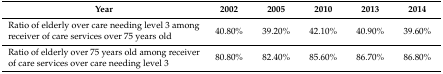
<table><thead><tr><td><b>Year</b></td><td><b>2002</b></td><td><b>2005</b></td><td><b>2010</b></td><td><b>2013</b></td><td><b>2014</b></td></tr></thead><tbody><tr><td>Ratio of elderly over care needing level 3 among receiver of care services over 75 years old</td><td>40.80%</td><td>39.20%</td><td>42.10%</td><td>40.90%</td><td>39.60%</td></tr><tr><td>Ratio of elderly over 75 years old among receiver of care services over care needing level 3</td><td>80.80%</td><td>82.40%</td><td>85.60%</td><td>86.70%</td><td>86.80%</td></tr></tbody></table>